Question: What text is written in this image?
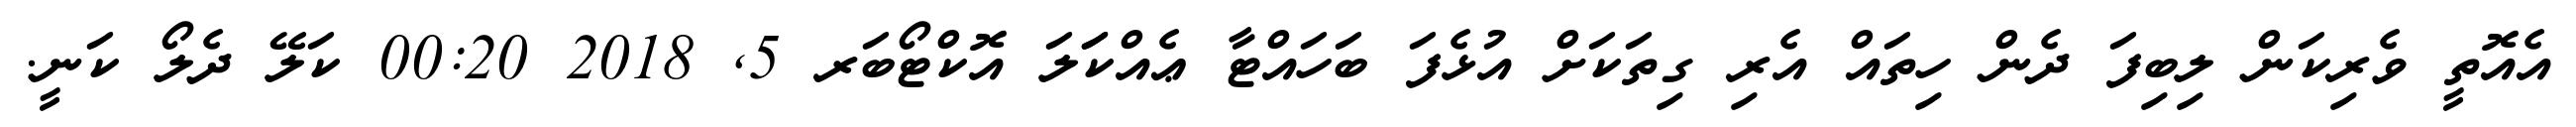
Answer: އެއޮތީ ވެރިކަން ލިބިފަ ދެން ހިތައް އެރި ގިތަކަށް އުޅެފަ ބަހައްޓާ ޢެއްކަަލަ އޮކްޓޯބަރ 5, 2018 00:20 ކަލޭ ދެލޯ ކަނީ.